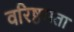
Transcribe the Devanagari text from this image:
वरिष्ठमता